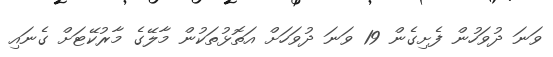
ވަނަ ދުވަހުން ފެށިގެން 19 ވަނަ ދުވަހަށް އަތޮޅުތަކުން މާލޭގެ މާރުކޭޓަށް ގެނައި